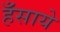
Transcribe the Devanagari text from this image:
हँसाये